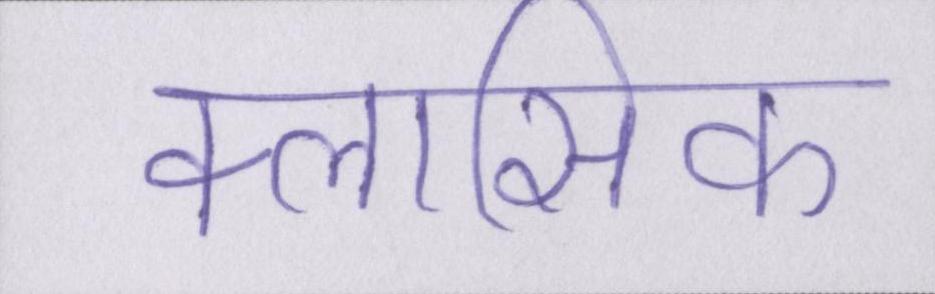
क्लासिक